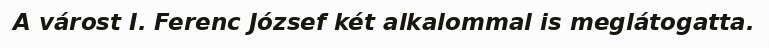
A várost I. Ferenc József két alkalommal is meglátogatta.